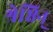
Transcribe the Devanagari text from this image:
श्रेष्ठिन्